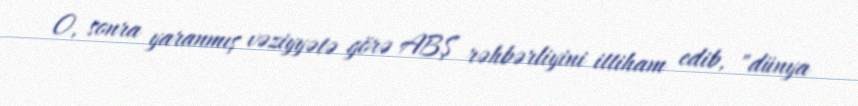
O, sonra yaranmış vəziyyətə görə ABŞ rəhbərliyini ittiham edib, "dünya